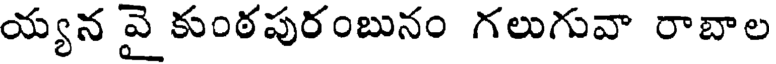
య్యన వై కుంఠపురంబునం గలుగువా రాబాల